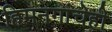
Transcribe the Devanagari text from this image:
हिमनगांचेही